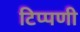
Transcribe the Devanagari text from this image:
टिप्‍पणी